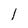
Character: l